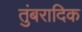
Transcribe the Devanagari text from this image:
तुंबरादिक